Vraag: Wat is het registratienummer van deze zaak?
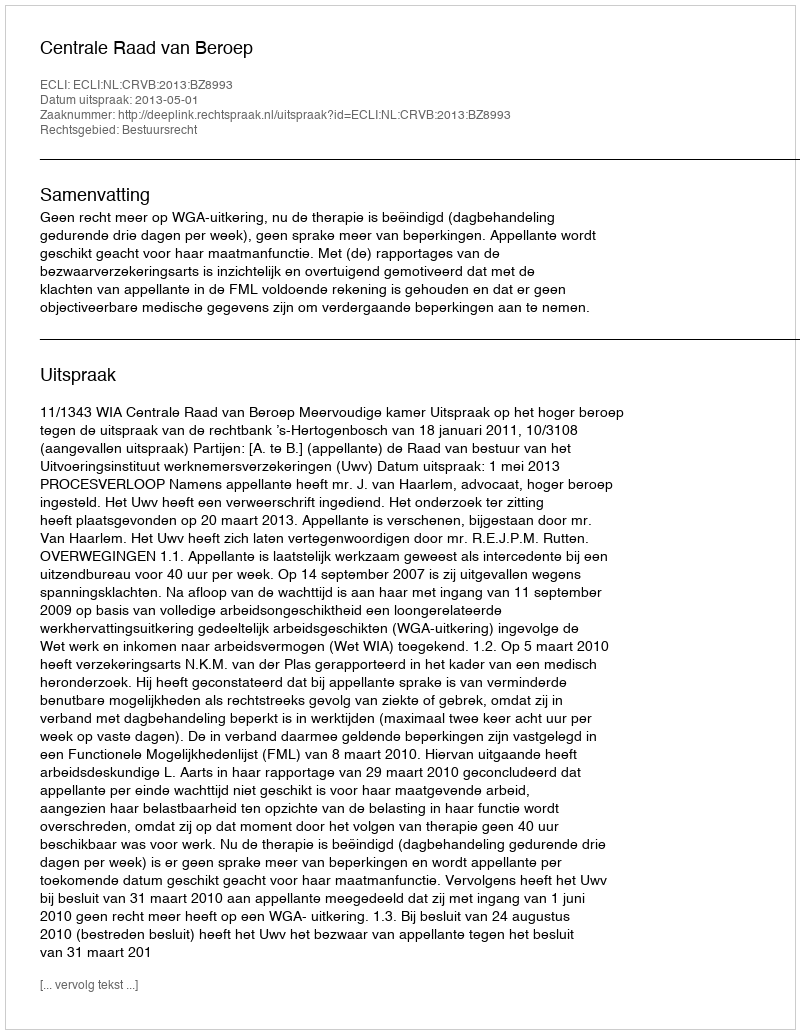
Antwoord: http://deeplink.rechtspraak.nl/uitspraak?id=ECLI:NL:CRVB:2013:BZ8993